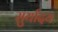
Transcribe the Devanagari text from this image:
सुर्यादय